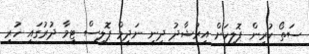
ސަތޯ ކުރިން ޕޮލިހަށް އިރުޝާދު ދިނީ ނަދީމް ޕޮލިސް ޓީމާ ދުރުގައި ހުރި